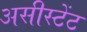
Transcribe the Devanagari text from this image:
असीस्टेंट